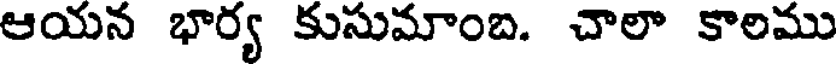
ఆయన భార్య కుసుమాంబ. చాలా కాలము